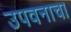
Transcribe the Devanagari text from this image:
उपवनाचा